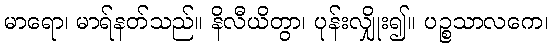
မာရော၊ မာရ်နတ်သည်။ နိလီယိတွာ၊ ပုန်းလျှိုး၍။ ပဉ္စသာလကေ၊